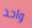
واحد